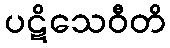
ပဋိသေဝီတိ